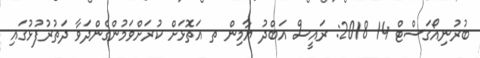
ބުރުނިއޯގަސްޓް 14 2018: ރައީސް އަބްދު ޔާމިން ތ އަތޮޅަށް ކުރަށްވަމުންގެންދަވާ ދަތުރުފުޅުގައި